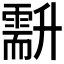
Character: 𠧍